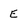
Character: E